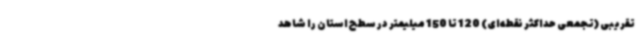
تقریبی (تجمعی حداکثر نقطه‌ای) 120 تا 150 میلیمتر در سطح استان را شاهد